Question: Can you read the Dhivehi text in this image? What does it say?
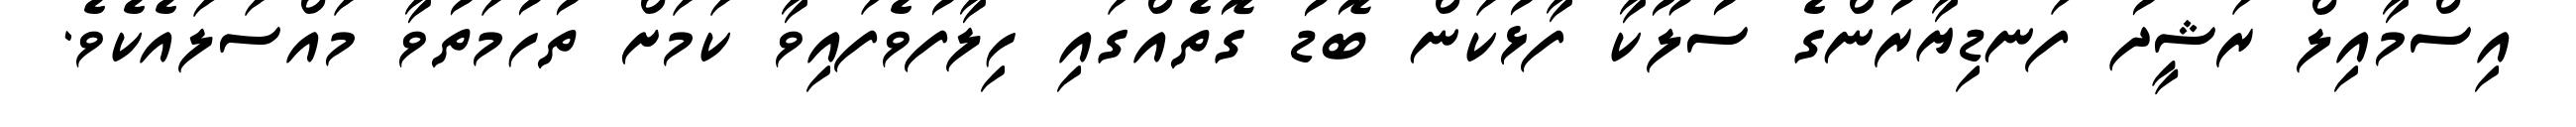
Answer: އިސްމާއިލް ރަޝީދު ފަނޑިޔާރުންގެ ސުލޫކާ ފާޅުކަން ބޮޑު ގޮތެއްގައި ހިލާފުވެފައިވާ ކަމަށް ތުހުމަތުވާ މައްސަލައެކެވެ.